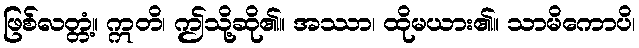
ဖြစ်လတ္တံ့။ ဣတိ၊ ဤသို့ဆို၏။ အဿာ၊ ထိုမယား၏။ သာမိကောပိ၊